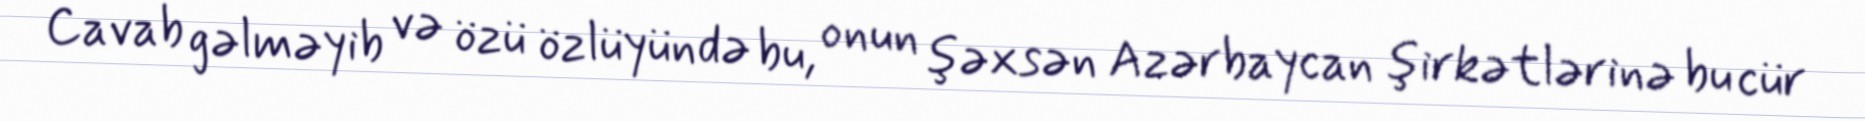
Cavab gəlməyib və özü özlüyündə bu, onun şəxsən Azərbaycan şirkətlərinə bu cür